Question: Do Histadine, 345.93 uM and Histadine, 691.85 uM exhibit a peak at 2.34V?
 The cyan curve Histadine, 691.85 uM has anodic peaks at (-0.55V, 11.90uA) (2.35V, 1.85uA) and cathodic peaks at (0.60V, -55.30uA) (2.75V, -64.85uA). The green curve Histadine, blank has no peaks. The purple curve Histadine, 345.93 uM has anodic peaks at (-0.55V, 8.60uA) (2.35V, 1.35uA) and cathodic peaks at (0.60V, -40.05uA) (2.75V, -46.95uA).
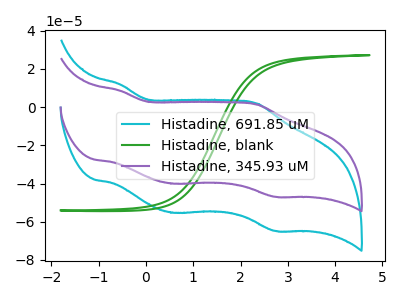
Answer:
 <answer>Yes, "Histadine, 345.93 uM" and "Histadine, 691.85 uM" share a peak at 2.34V.</answer>
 <eval>match</eval>